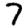
Digit: 7